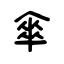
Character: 傘